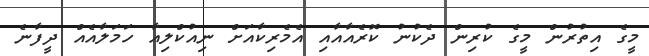
މީގެ އިތުރުން މީގެ ކުރިން ދެކުނު ކޮރެއާއާއި އެމެރިކާއަށް ނިއުކްލިއާ ހަމަލާއެއް ދީފާނެ